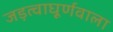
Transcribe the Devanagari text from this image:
जड़त्वाघूर्णवाला